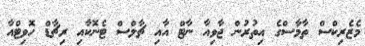
މެޒެރިކްސް ތާމާސްގެ އިތުރުން ޖާވިއާ ނާޓް އާއި ޗާލްސް ޓެނޮކާއި ރިޗާޑް ހޮވިޓްއާ